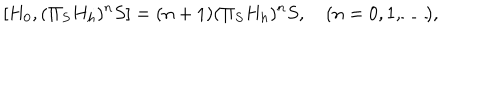
[ H _ { 0 } , ( \Pi _ { S } H _ { h } ) ^ { n } S ] = ( n + 1 ) ( \Pi _ { S } H _ { h } ) ^ { n } S , \quad ( n = 0 , 1 , \dots ) ,